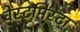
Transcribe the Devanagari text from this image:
वेस्टमिंस्टा